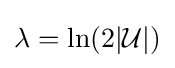
\lambda =\ln(2|{\mathcal {U}}|)